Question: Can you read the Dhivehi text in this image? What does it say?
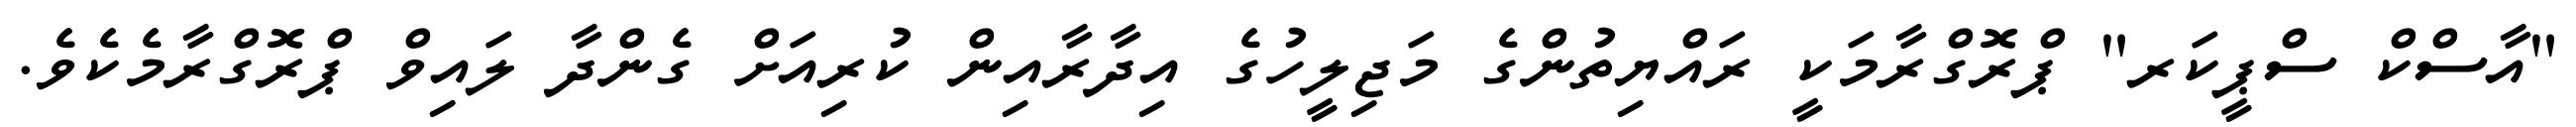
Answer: "އާސްކް ސްޕީކަރ" ޕްރޮގްރާމަކީ ރައްޔިތުންގެ މަޖިލީހުގެ އިދާރާއިން ކުރިއަށް ގެންދާ ލައިވް ޕްރޮގްރާމެކެވެ.